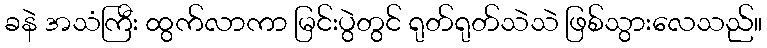
ခနဲ အသံကြီး ထွက်လာကာ မြင်းပွဲတွင် ရုတ်ရုတ်သဲသဲ ဖြစ်သွားလေသည်။